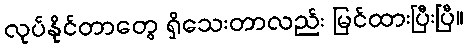
လုပ်နိုင်တာတွေ ရှိသေးတာလည်း မြင်ထားပြီးပြီ။